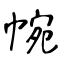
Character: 帵